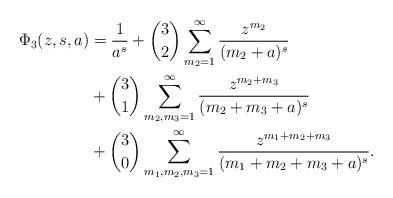
LaTeX: \begin{align*}\begin{aligned}\Phi_3(z,s,a)&=\frac1{a^s}+\binom32\sum_{m_2=1}^\infty \frac{z^{m_2}}{(m_2+a)^{s}} \\&+\binom31\sum_{m_2,m_3=1}^\infty\frac{z^{m_2+m_3}}{(m_2+m_3+a)^{s}} \\&+\binom30\sum_{m_1,m_2,m_3=1}^\infty\frac{z^{m_1+m_2+m_3}}{(m_1+m_2+m_3+a)^{s}}.\end{aligned}\end{align*}